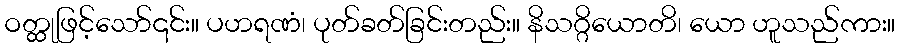
ဝတ္ထုဖြင့်သော်၎င်း။ ပဟရဏံ၊ ပုတ်ခတ်ခြင်းတည်း။ နိသဂ္ဂိယောတိ၊ ယော ဟူသည်ကား။